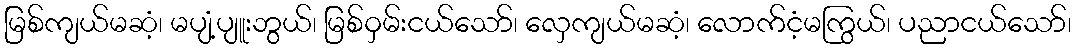
မြစ်ကျယ်မဆံ့၊ မပျံ့ပျူးဘွယ်၊ မြစ်ဝှမ်းငယ်သော်၊ လှေကျယ်မဆံ့၊ လောက်ငံ့မကြွယ်၊ ပညာငယ်သော်၊